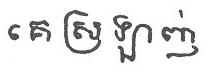
គេ ស្រឡាញ់